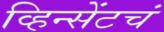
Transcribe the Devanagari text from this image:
व्हिन्सेंटचं